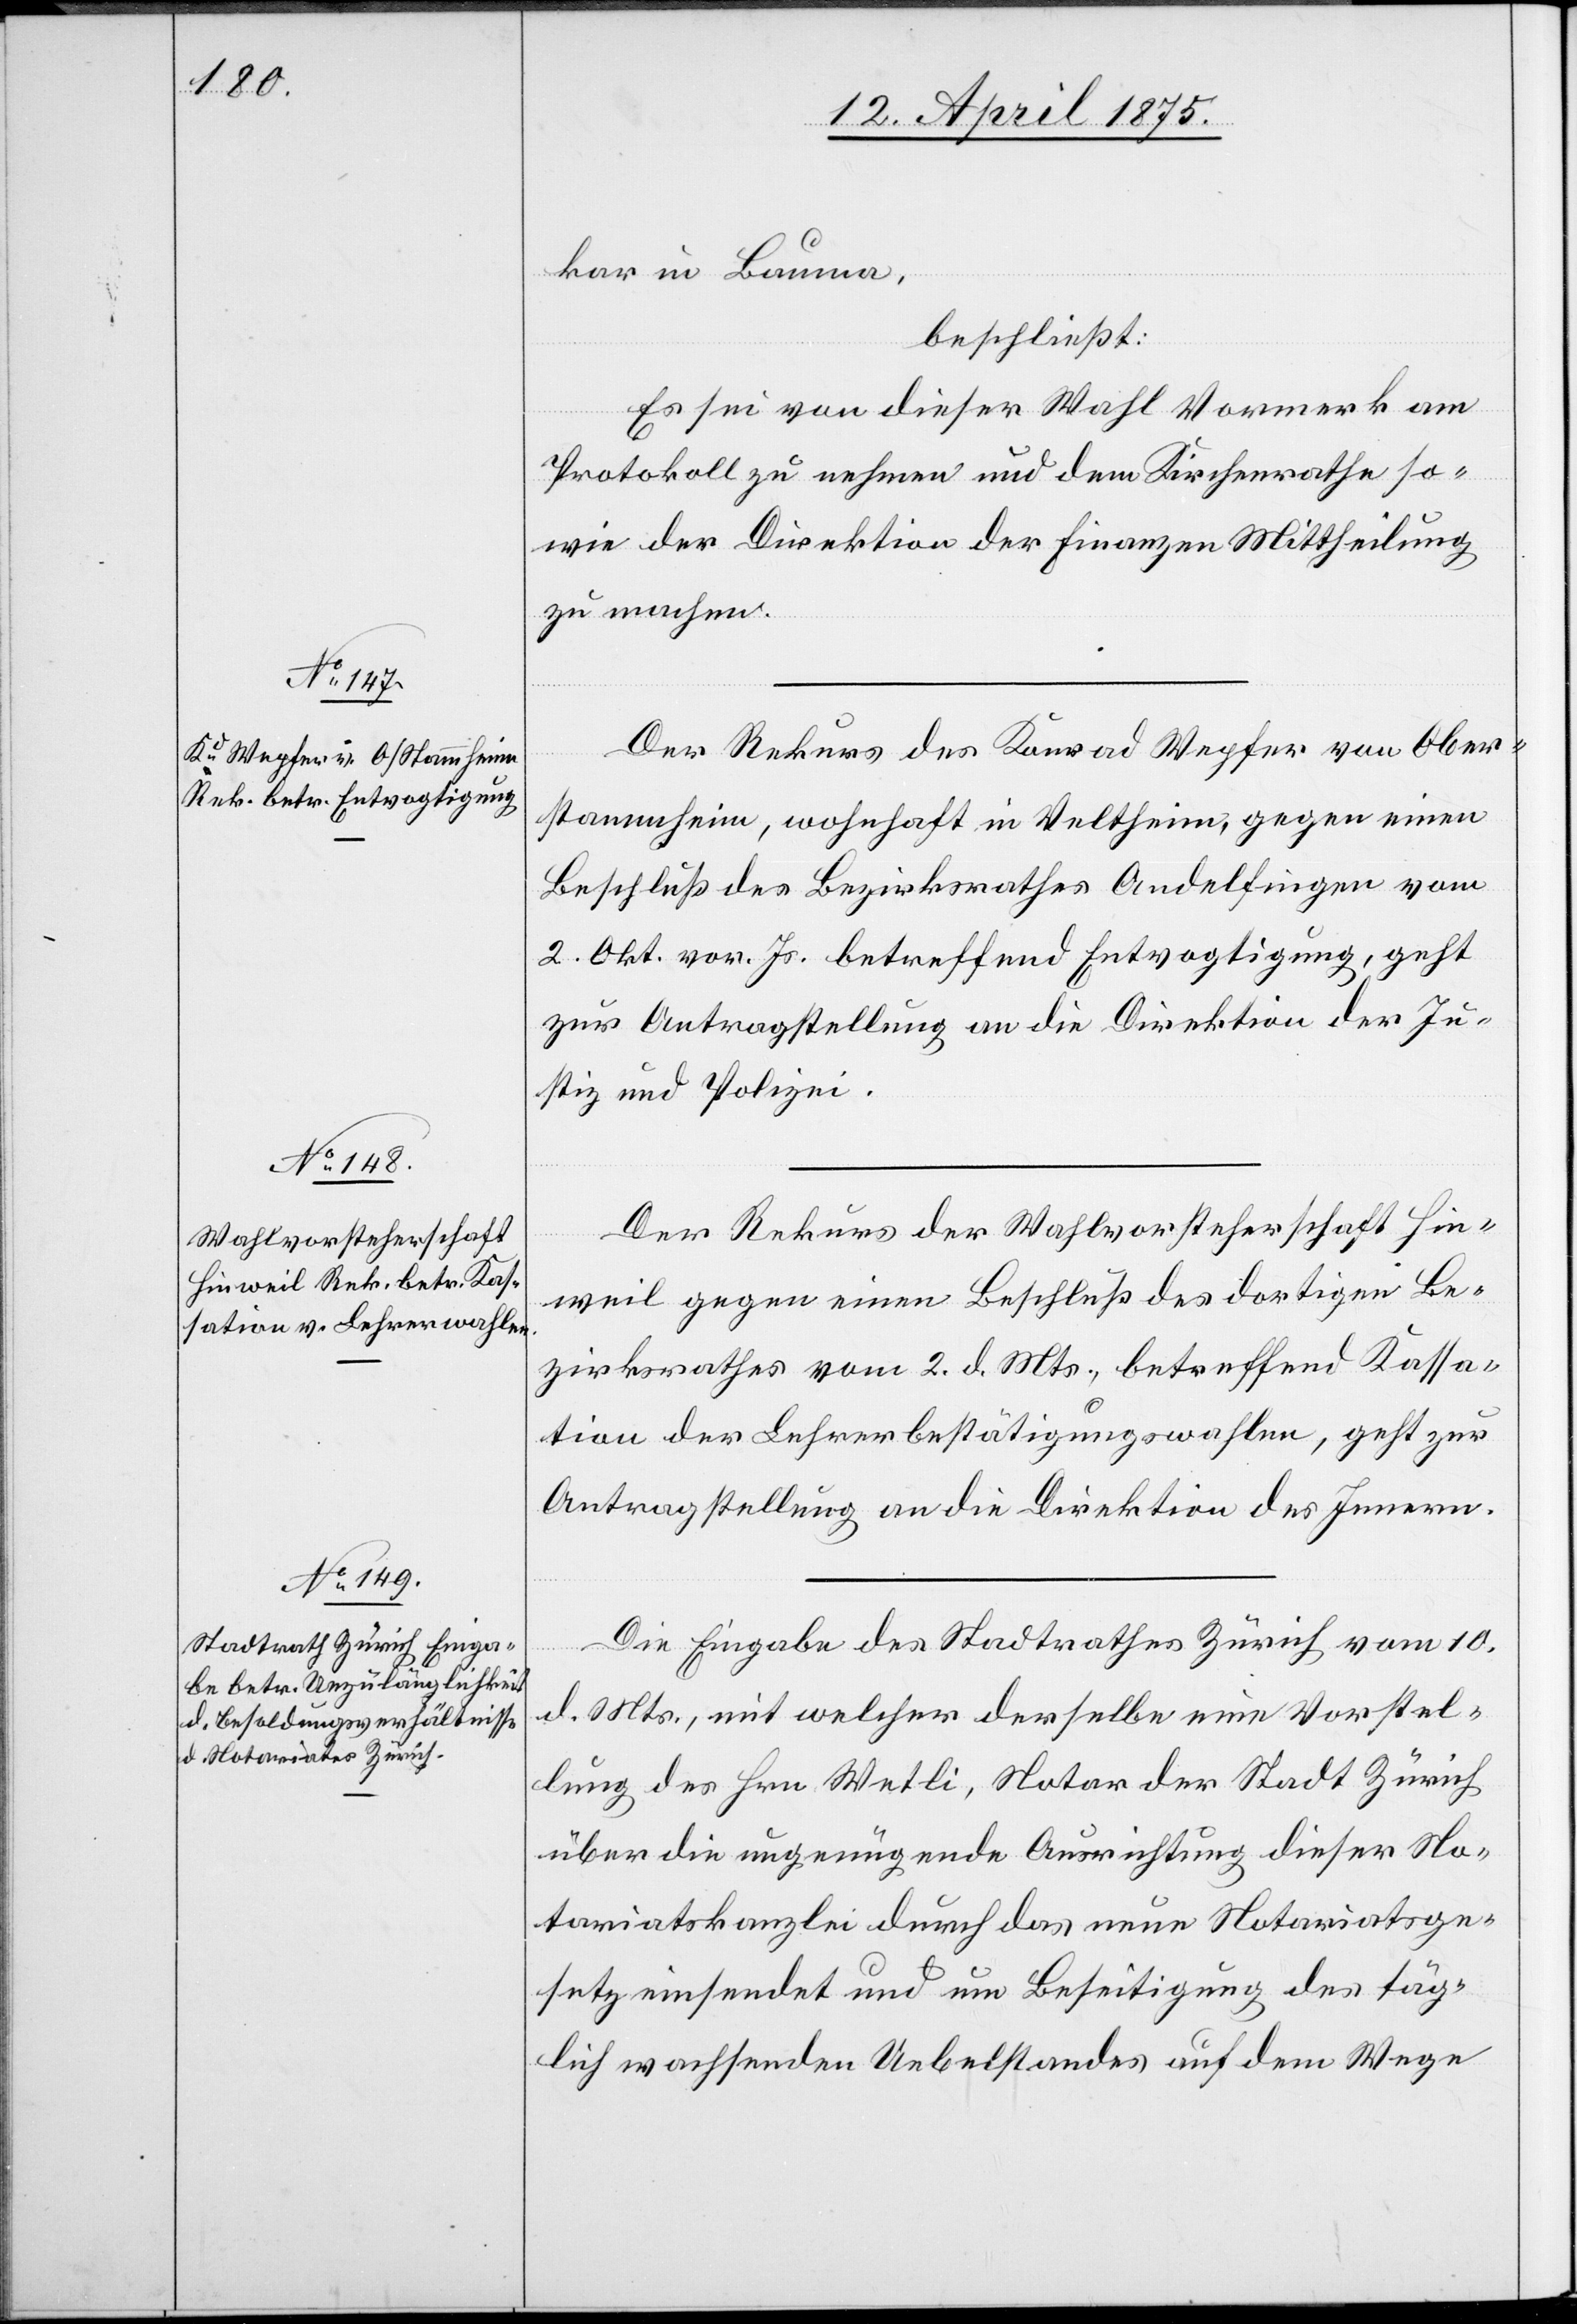
15. April 1875.]
kar in Bauma,
beschließt:
Es sei von dieser Wahl Vormerk am
Protokoll zunehmen und dem Kirchenrathe so¬
wie der Direktion der Finanzen Mittheilung
zu machen.
Der Rekurs des Konrad Wepfer von Ober¬
stammheim, wohnhaft in Veltheim, gegen einen
Beschluß des Bezirksrathes Andelfingen vom
2. Okt. vor. Js. betreffend Entvogtigung, geht
zur Antragstellung an die Direktion der Ju¬
stiz und Polizei.
Der Rekurs der Wahlvorsteherschaft Hin¬
weil gegen einen Beschluß des dortigen Be¬
zirksrathes vom 2. d. Mts., betreffend Kassa¬
tion der Lehrerbestätigungswahlen, geht zur
Antragstellung an die Direktion des Innern.
Die Eingabe des Stadtrathes Zürich vom 10.
d. Mts., mit welcher derselbe eine Vorstel¬
lung des Hrn. Wetli, Notar der Stadt Zürich
über die ungenügende Ausrichtung dieser No¬
tariatskanzlei durch das neue Notariatsge¬
setz einsendet und um Beseitigung des täg¬
lich wachsenden Uebelstandes auf dem Wege